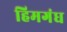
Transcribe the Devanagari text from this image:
हिमगंध